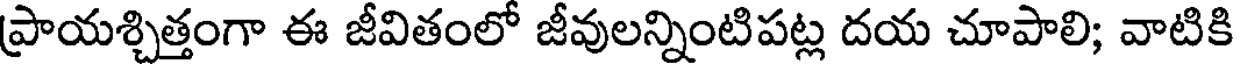
ప్రాయశ్చిత్తంగా ఈ జీవితంలో జీవులన్నింటిపట్ల దయ చూపాలి; వాటికి